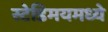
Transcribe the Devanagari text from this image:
स्टेडिमयमध्ये